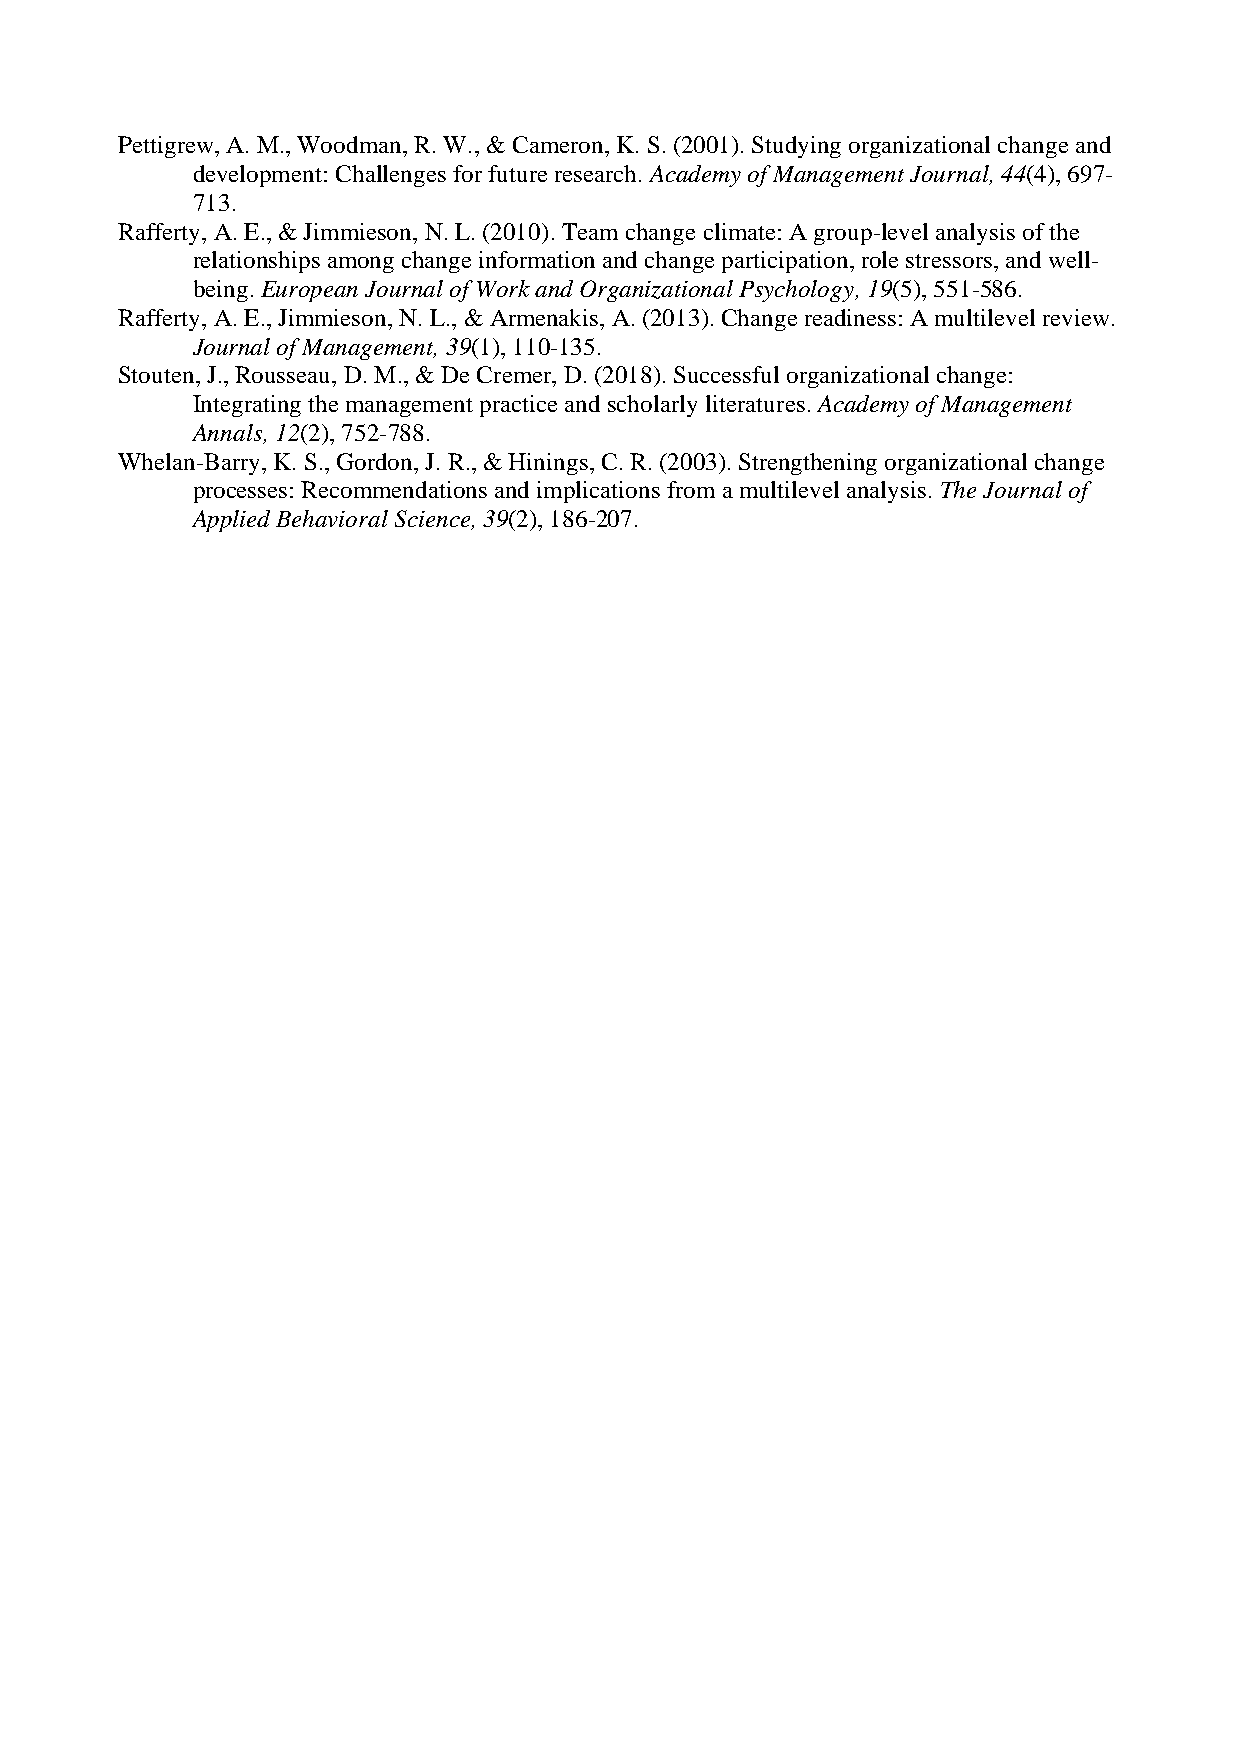
Pettigrew, A. M., Woodman, R. W., & Cameron, K. S. (2001). Studying organizational change and
 development: Challenges for future research. Academy of Management Journal, 44(4), 697-
 713.
 Rafferty, A. E., & Jimmieson, N. L. (2010). Team change climate: A group-level analysis of the
 relationships among change information and change participation, role stressors, and well-
 being. European Journal of Work and Organizational Psychology, 19(5), 551-586.
 Rafferty, A. E., Jimmieson, N. L., & Armenakis, A. (2013). Change readiness: A multilevel review.
 Journal of Management, 39(1), 110-135.
 Stouten, J., Rousseau, D. M., & De Cremer, D. (2018). Successful organizational change:
 Integrating the management practice and scholarly literatures. Academy of Management
 Annals, 12(2), 752-788.
 Whelan-Barry, K. S., Gordon, J. R., & Hinings, C. R. (2003). Strengthening organizational change
 processes: Recommendations and implications from a multilevel analysis. The Journal of
 Applied Behavioral Science, 39(2), 186-207.